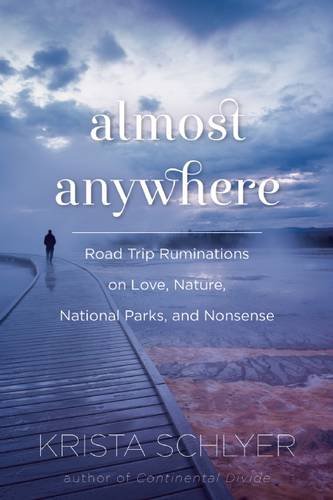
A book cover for Almost Anywhere: Road Trip Ruminations on Love, Nature, National Parks, and Nonsense; Krista Schlyer; Biographies & Memoirs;